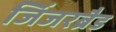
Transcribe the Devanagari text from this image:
जिंजरब्रैड